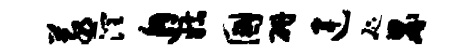
蒸润邂姑国研连咫界